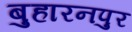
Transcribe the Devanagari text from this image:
बुहारनपुर